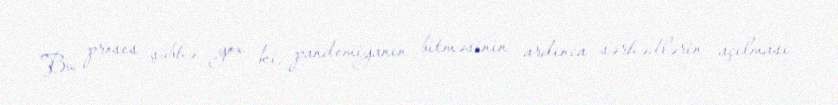
Bu proses şübhə yox ki, pandemiyanın bitməsinin ardınca sərhədlərin açılması